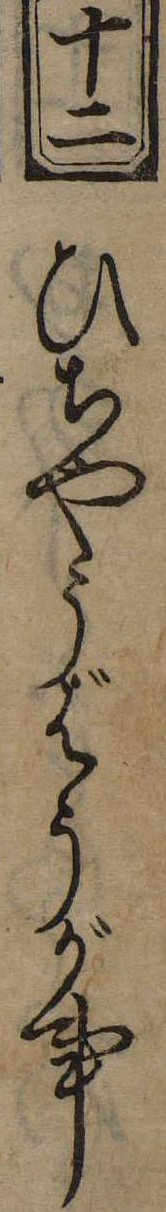
十二ひちやうばうが事